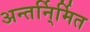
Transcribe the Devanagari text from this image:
अन्तर्नि्र्मित